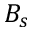
B _ { s }